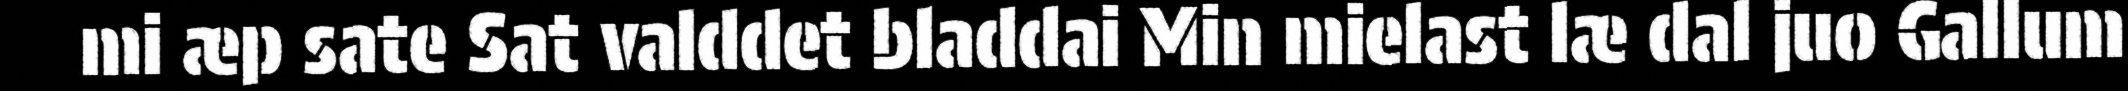
mi æp sate Sat valddet bladdai Min mielast læ dal juo Gallum